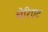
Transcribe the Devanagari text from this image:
चेरिएट